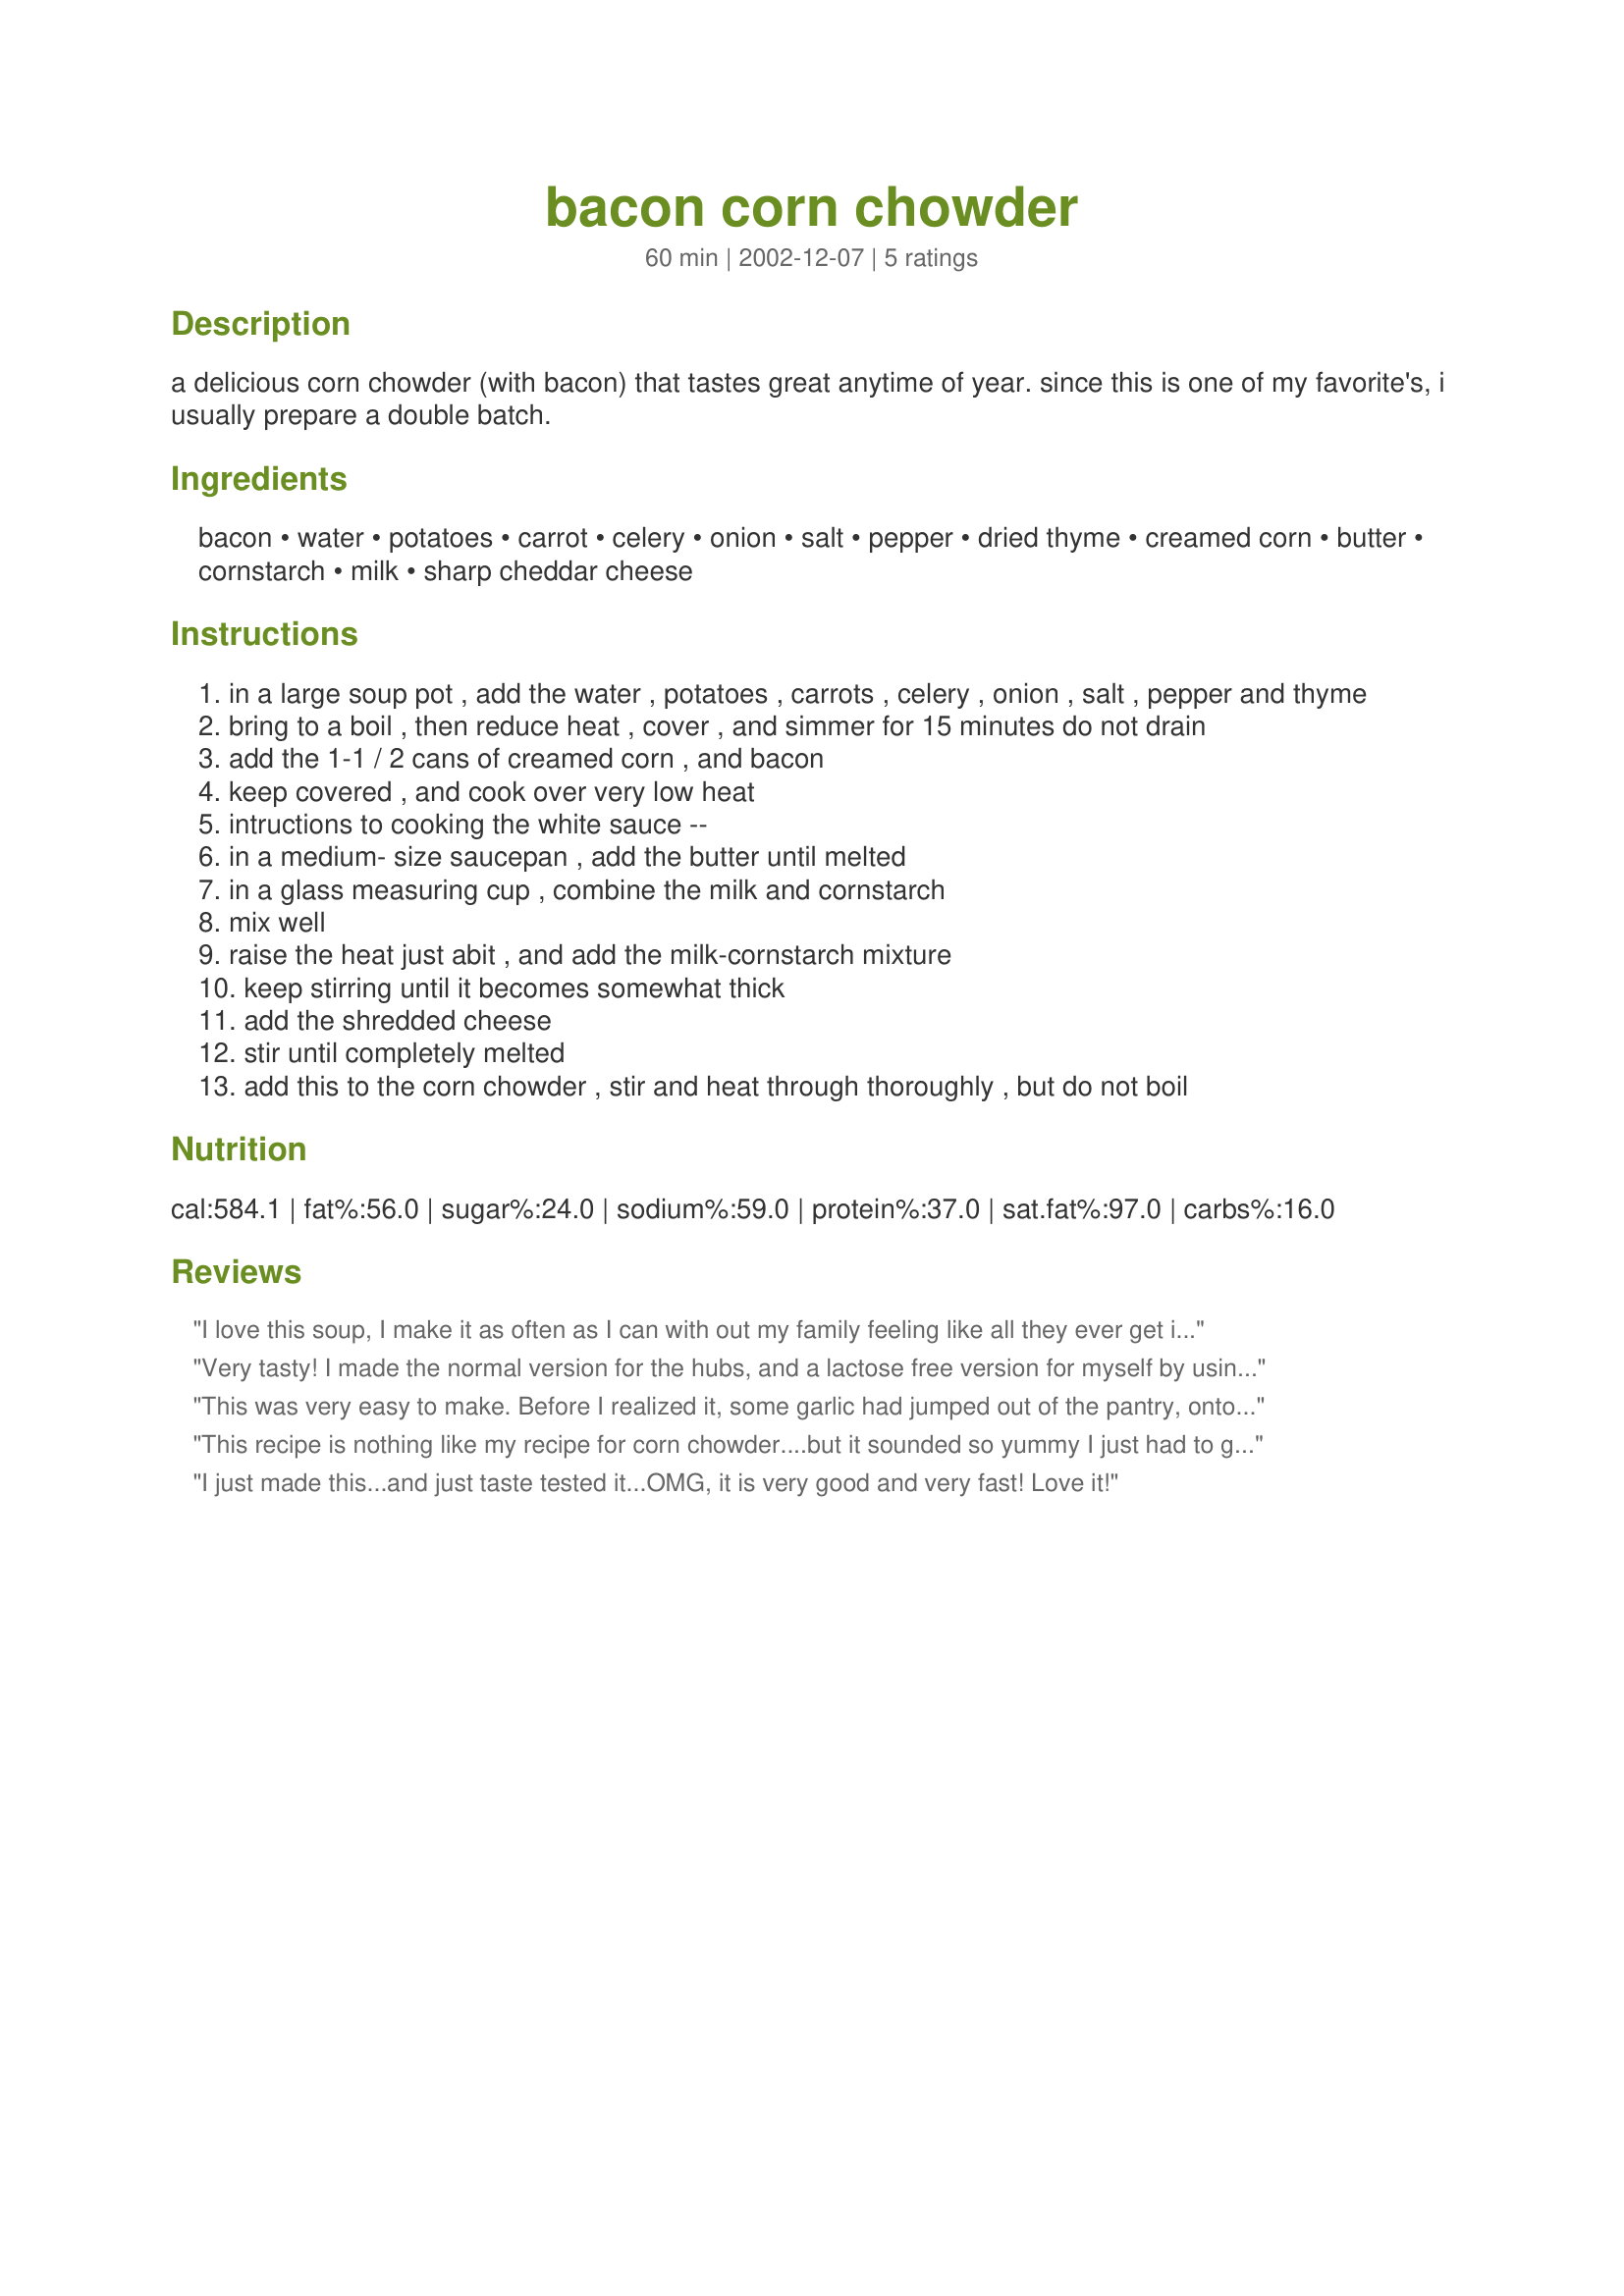
bacon corn chowder
Preparation time: 60 minutes

a delicious corn chowder (with bacon) that tastes great anytime of year. since this is one of my favorite's, i usually prepare a double batch.

Ingredients:
bacon, water, potatoes, carrot, celery, onion, salt, pepper, dried thyme, creamed corn, butter, cornstarch, milk, sharp cheddar cheese

Steps:
in a large soup pot , add the water , potatoes , carrots , celery , onion , salt , pepper and thyme
bring to a boil , then reduce heat , cover , and simmer for 15 minutes do not drain
add the 1-1 / 2 cans of creamed corn , and bacon
keep covered , and cook over very low heat
intructions to cooking the white sauce --
in a medium- size saucepan , add the butter until melted
in a glass measuring cup , combine the milk and cornstarch
mix well
raise the heat just abit , and add the milk-cornstarch mixture
keep stirring until it becomes somewhat thick
add the shredded cheese
stir until completely melted
add this to the corn chowder , stir and heat through thoroughly , but do not boil

Reviews:
I love this soup, I make it as often as I can with out my family feeling like all they ever get is corn chowder! The only thing I do differently is use half whole kernel corn and half cream corn and cook the vegetable in chicken stock (I just use bullion) that way I cut out the salt. It is delicious.
Very tasty! I made the normal version for the hubs, and a lactose free version for myself by using margarine and plain (not low fat) soy milk for the white sauce. It was great with and without the cheese. Try it with pepper crust bacon, SOUL warming!
This was very easy to make. Before I realized it, some garlic had jumped out of the pantry, onto my cutting board and begged me to toss it in too. So,I did. That was the only change I made to this recipe. It was a soul warming, satisfying dinner for a cold, rainy Colorado night.
This recipe is nothing like my recipe for corn chowder....but it sounded so yummy I just had to give it a try. My corn chowder does not have the addition of carrots, celery, thyme, cheddar cheese or a white sauce. This chowder was oh so yummy......it is a keeper for me. There is such a big difference between this and mine, that I can certainly keep both. It will be rated the full 5 stars because I really enjoyed it. Thanks for posting a most enjoyable chowder.
I just made this...and just taste tested it...OMG, it is very good and very fast! Love it!
